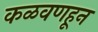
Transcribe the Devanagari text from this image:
कळवणहून